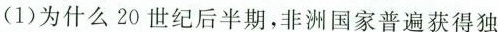
(1)为什么20世纪后半期，非洲国家普遍获得独